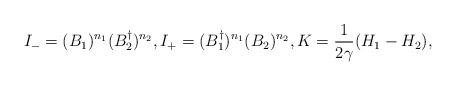
LaTeX: \begin{align*}I_{-}=(B_{1})^{n_{1}} (B_{2}^{\dagger})^{n_{2}},I_{+}=(B_{1}^{\dagger})^{n_{1}}(B_{2})^{n_{2}},K=\frac{1}{2\gamma}(H_{1}-H_{2}),\end{align*}